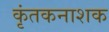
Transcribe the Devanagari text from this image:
कृंतकनाशक